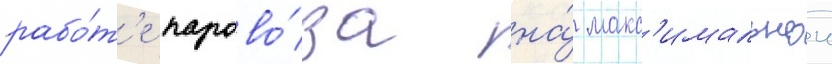
рабо́т'е парово́за на́ макс'имальнои